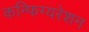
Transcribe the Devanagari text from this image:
कन्फिग्यरेशन